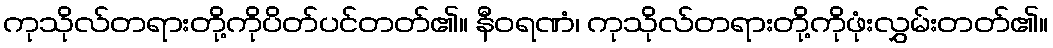
ကုသိုလ်တရားတို့ကိုပိတ်ပင်တတ်၏။ နီဝရဏံ၊ ကုသိုလ်တရားတို့ကိုဖုံးလွှမ်းတတ်၏။